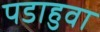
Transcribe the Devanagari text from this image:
पडाहुवा